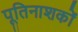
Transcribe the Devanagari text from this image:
पूतिनाशकों